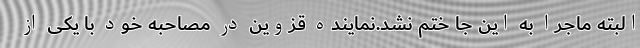
البته ماجرا به این جا ختم نشد.نماینده قزوین در مصاحبه خود با یکی از